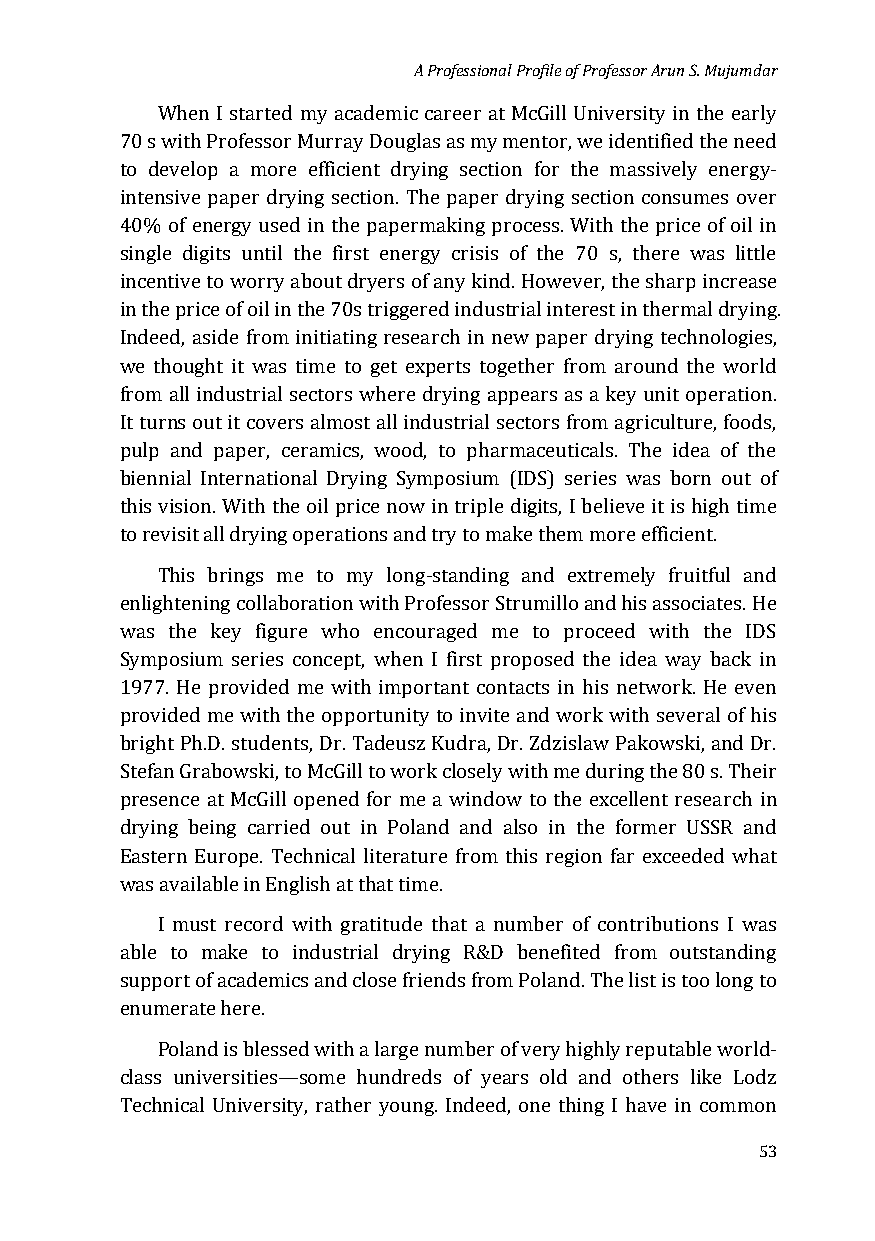
A Professional Profile of Professor Arun S. Mujumdar
 When I started my academic career at McGill University in the early
 70 s with Professor Murray Douglas as my mentor, we identified the need
 to develop a more efficient drying section for the massively energy-
 intensive paper drying section. The paper drying section consumes over
 40% of energy used in the papermaking process. With the price of oil in
 single digits until the first energy crisis of the 70 s, there was little
 incentive to worry about dryers of any kind. However, the sharp increase
 in the price of oil in the 70s triggered industrial interest in thermal drying.
 Indeed, aside from initiating research in new paper drying technologies,
 we thought it was time to get experts together from around the world
 from all industrial sectors where drying appears as a key unit operation.
 It turns out it covers almost all industrial sectors from agriculture, foods,
 pulp and paper, ceramics, wood, to pharmaceuticals. The idea of the
 biennial International Drying Symposium (IDS) series was born out of
 this vision. With the oil price now in triple digits, I believe it is high time
 to revisit all drying operations and try to make them more efficient.
 This brings me to my long-standing and extremely fruitful and
 enlightening collaboration with Professor Strumillo and his associates. He
 was the key figure who encouraged me to proceed with the IDS
 Symposium series concept, when I first proposed the idea way back in
 1977. He provided me with important contacts in his network. He even
 provided me with the opportunity to invite and work with several of his
 bright Ph.D. students, Dr. Tadeusz Kudra, Dr. Zdzislaw Pakowski, and Dr.
 Stefan Grabowski, to McGill to work closely with me during the 80 s. Their
 presence at McGill opened for me a window to the excellent research in
 drying being carried out in Poland and also in the former USSR and
 Eastern Europe. Technical literature from this region far exceeded what
 was available in English at that time.
 I must record with gratitude that a number of contributions I was
 able to make to industrial drying R&D benefited from outstanding
 support of academics and close friends from Poland. The list is too long to
 enumerate here.
 Poland is blessed with a large number of very highly reputable world-
 class universities—some hundreds of years old and others like Lodz
 Technical University, rather young. Indeed, one thing I have in common
 53